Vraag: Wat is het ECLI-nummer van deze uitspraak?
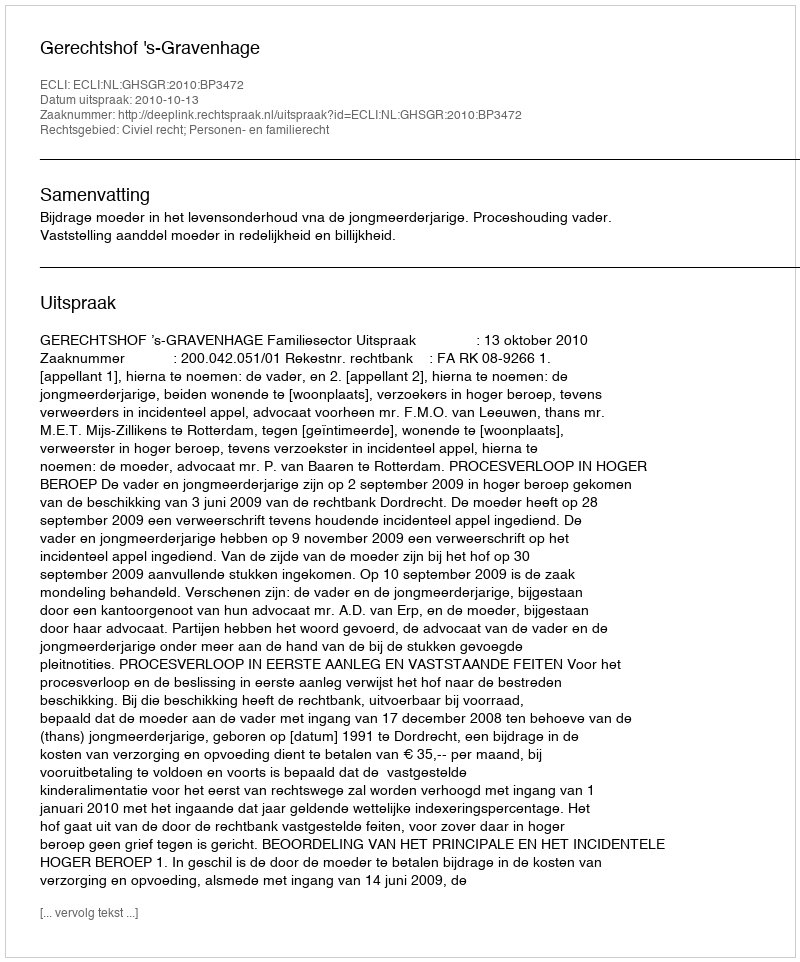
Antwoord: ECLI:NL:GHSGR:2010:BP3472